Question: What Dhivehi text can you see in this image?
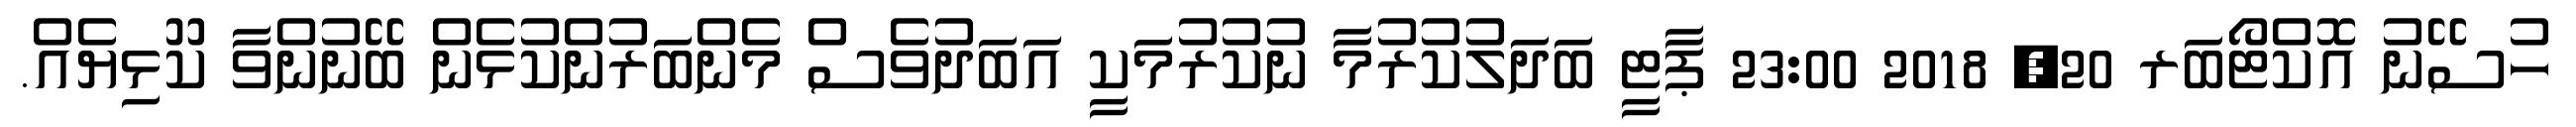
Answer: ހުސޭނު އޮކްޓޯބަރ 20, 2018 23:00 ޕާޓީ ބަދަލުކުރުމާ ނުކުރުމަކީ އަބަދުވެސް މެންބަރުންކުޅެން ބޭނުންވާ ކޫޅިޔެއް.